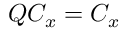
Q C _ { x } = C _ { x }